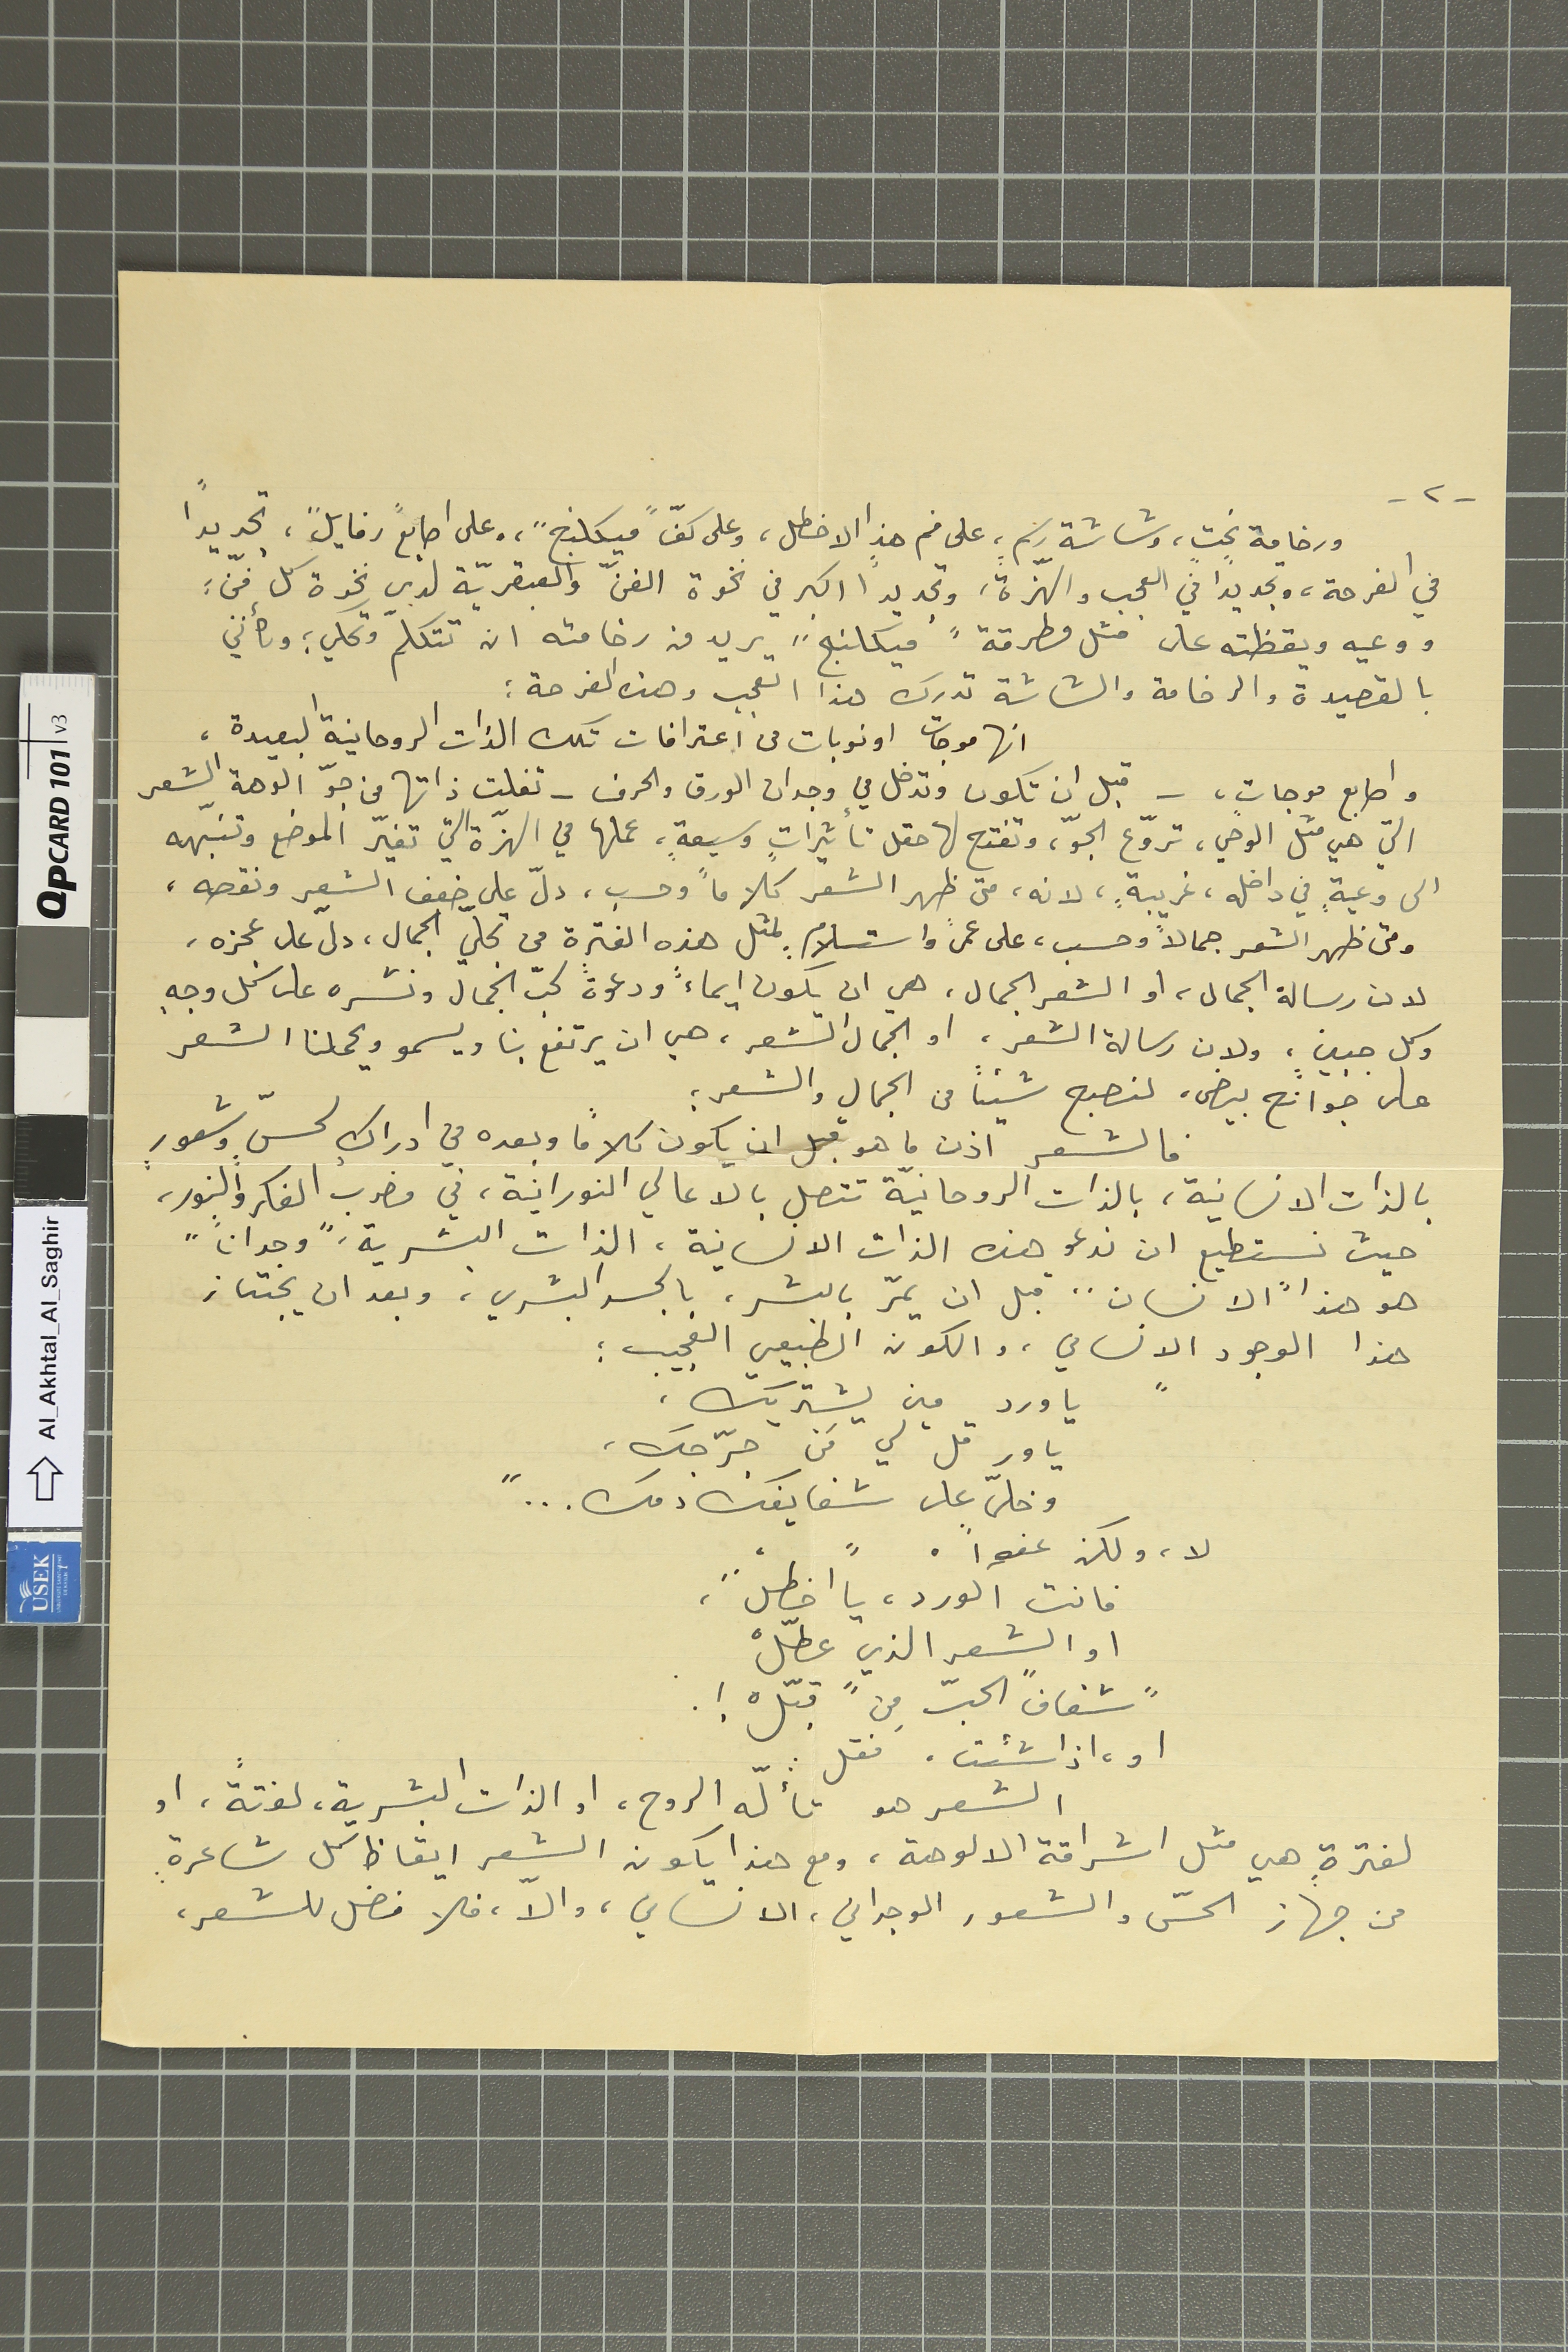
-٢-
ورخامة نحتٍ، وشاشة رسم،ٍ على فم هذا الاخطل، وعلى كفّ "ميكلنج"، وعلى اصابع "رفايل"، تجديداً
في الفرحة، وتجديداً في العجب والهزّة، وتجديداً اكبر في نخوة الفنّ والعبقريّة لدى نخوة كل فنّ :
ووعيه ويقظته على مثل مطرقة "ميكلنج" يريد من رخامته ان تتكلم وتحكي ؛ وكأنني
بالقصيدة والرخامة والشاشة تدرك هذا العجب وهذه الفرحة :
انها موجات او نوبات من اعترافات تلك الذات الروحانية البعيدة،
واصابع موجات،ٍ - قبل ان تكون وتدخل في وجدان الورق والحرف - تفلت ذاتها من جوّ الوهة الشعر
التي هي متل الوحي، تروّع الجوّ، وتفتح لها حقل تأثيراتٍ وسيعةٍ، عملها في الهزّة التي تغيّر الموضع وتنبهّه
الى وعيةٍ في داخله، غريبةٍ، لانه، متى ظهر الشعر كلاماً وحسب، دلّ على ضغف الشعر ونقصه،
ومتى ظهر الشعر جمالاً وحسب، على عمىً واستسلام. بمثل هذه الفترة من تجلّي الجمال، دلّ على عجزه،
وكل جبينٍ، ولان رسالة الشعر، او الجمال الشعر، هي ان يرتفع بنا ويسمو ويحملنا الشعر
على جوانح بيض، لنصبح شيئاً من الجمال والشعر؛
فالشعر اذن ما هو قبل ان يكون كلاماً وبعده في ادراك لحسٍّ وشعورٍ
بالذات الانسانية، بالذات الروحانيّة تتصل بالاعالي النورانية، في مضرب الفكر والنور،
حيث نستطيع ان ندعو هذه الذات الانسانية، الذات البشرية، "وجداناً"
هو هذا "الانسان" قبل ان يمرّ بالبشر، بالجسد البشري،وبعد ان يجتاز
هذا الوجود الانساني، والكون الطبيعي العجيب ؛
" يا ورد مين يشتريك،
يا ور قلّ لي مَن جرّحك،
وخلّى على شفايفك دمك ... "
لا، ولكن عفواً.
فانت الورد، يا اخطلْ ...
اول الشعر الذي عطّلْ
" شفاف " الحبّ مِن قبّلْ !.
او، اذا شئت، فقل :
الشعر هو تألّه الروح، او الذات البشرية، لفتةً، او،
لفترةٍ هي مثل اشراقة الالوهة، ومع هذا يكون الشعر ايقاظ كل شاعرةٍ
من جهاز الحسّ والشعور الوجداني، الانساني، والاّ، فلا فضل للشعر،
لان رسالة الجمال، او الشعر الجمال، هي ان يكون ايماءً ودعوةً لحبّ الجمال ونشره على كل وجهٍ